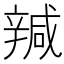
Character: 𰺩